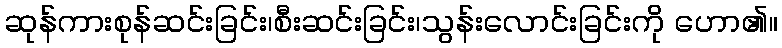
ဆုန်ကားစုန်ဆင်းခြင်း၊စီးဆင်းခြင်း၊သွန်းလောင်းခြင်းကို ဟော၏။